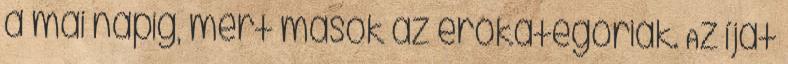
a mai napig, mert mások az erőkategóriák. Az íjat